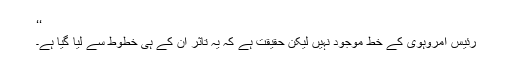
‘‘
رئیس امروہوی کے خط موجود نہیں لیکن حقیقت ہے کہ یہ تاثر ان کے ہی خطوط سے لیا گیا ہے۔